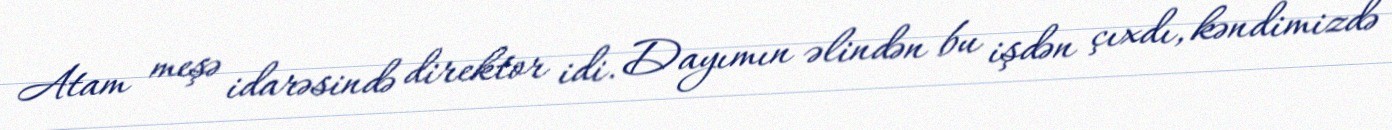
Atam meşə idarəsində direktor idi. Dayımın əlindən bu işdən çıxdı, kəndimizdə